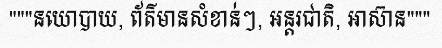
"""នយោបាយ, ព័ត៌មានសំខាន់ៗ, អន្តរជាតិ, អាស៊ាន"""